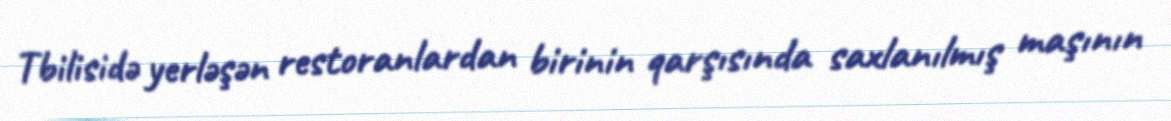
Tbilisidə yerləşən restoranlardan birinin qarşısında saxlanılmış maşının